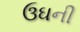
ઉઘની